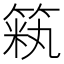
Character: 𫂏